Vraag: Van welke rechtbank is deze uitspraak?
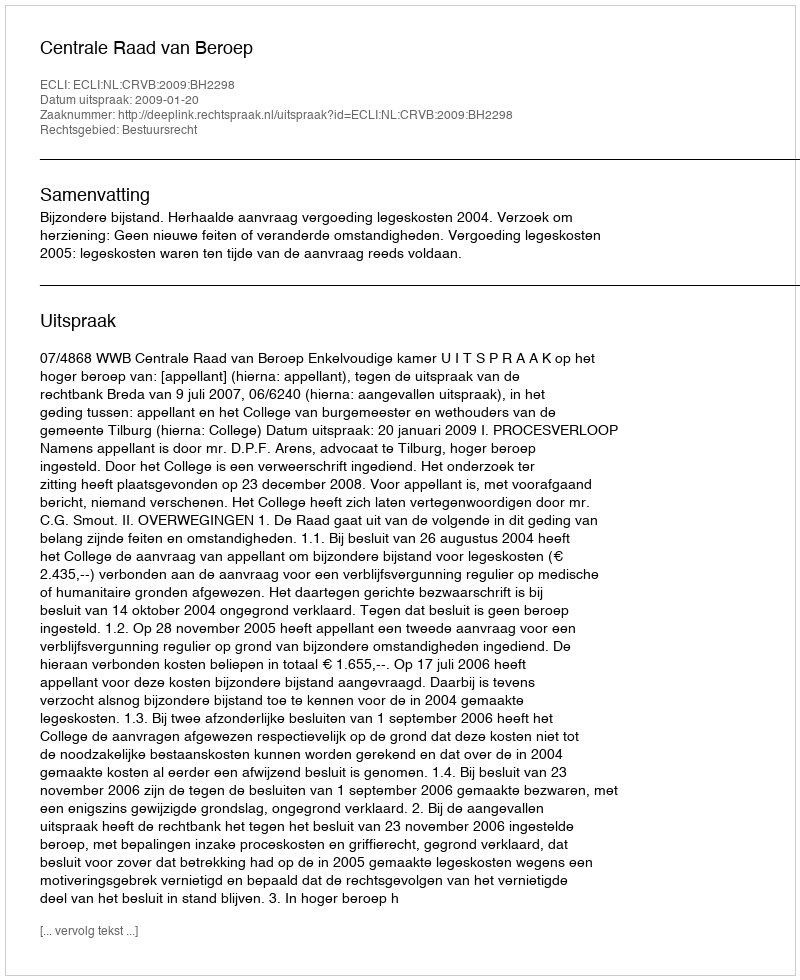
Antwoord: Centrale Raad van Beroep